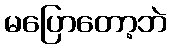
မပြောတော့ဘဲ